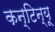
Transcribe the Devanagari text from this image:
कन्टिन्यू